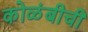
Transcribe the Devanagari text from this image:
कोळंबीची